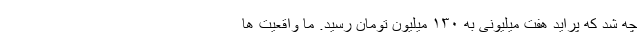
چه شد که پراید هفت میلیونی به ۱۳۰ میلیون تومان رسید. ما واقعیت ها